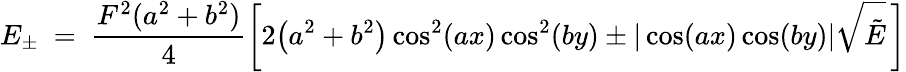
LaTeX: E_{\pm}\ =\ \frac{F^{2}(a^{2}+b^{2})}{4}\left[2\big(a^{2}+b^{2}\big)\cos^{2}(ax)\cos^{2}(by)\pm|\cos(ax)\cos(by)|\sqrt{\tilde{E}}\, \right]